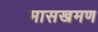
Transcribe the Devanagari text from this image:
मासखमण